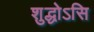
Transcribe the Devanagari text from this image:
शुद्धोऽसि